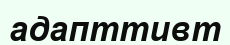
адапттивт